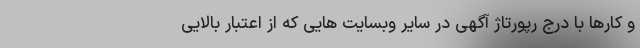
و کارها با درج رپورتاژ آگهی در سایر وبسایت هایی که از اعتبار بالایی